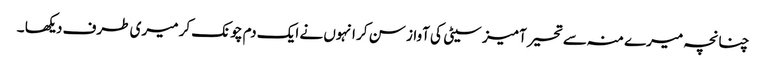
چنانچہ میرے منہ سے تحیر آمیز سیٹی کی آواز سن کر انہوں نے ایک دم چونک کر میری طرف دیکھا ۔